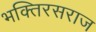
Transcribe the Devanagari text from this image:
भक्तिरसराज